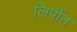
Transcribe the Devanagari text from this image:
लिपींत